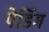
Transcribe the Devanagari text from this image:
पेडिंग